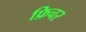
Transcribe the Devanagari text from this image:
फ़िचर